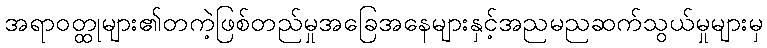
အရာဝတ္ထုများ၏တကဲ့ဖြစ်တည်မှုအခြေအနေများနှင့်အညမညဆက်သွယ်မှုများမှ